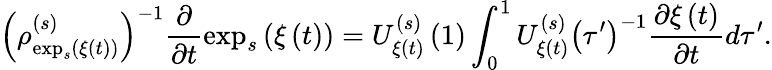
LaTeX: \left(\rho_{\exp_{s}\left(\xi\left(t\right)\right)}^{\left(s\right)}\right)^{-1}\frac{\partial}{\partial t}\exp_{s}\left(\xi\left(t\right)\right)=U_{\xi\left(t\right)}^{\left(s\right)}\left(1\right)\int_{0}^{1}U_{\xi\left(t\right)}^{\left(s\right)}\left(\tau^{\prime}\right)^{-1}\frac{\partial\xi\left(t\right)}{\partial t}d\tau^{\prime}.